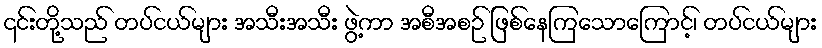
၎င်းတို့သည် တပ်ငယ်များ အသီးအသီး ဖွဲ့ကာ အစီအစဉ် ဖြစ်နေကြသောကြောင့်၊ တပ်ငယ်များ